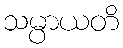
သမ္ပာယတိ